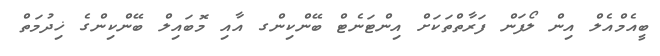
ބީއެމްއެލް އިން ލޯފަން ފަރާތްތަކަށް އިންޓަނެޓް ބޭންކިންގ އާއި މޮބައިލް ބޭންކިންގެ ޚިދުމަތް